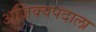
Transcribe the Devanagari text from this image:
अजिंक्यपदाला